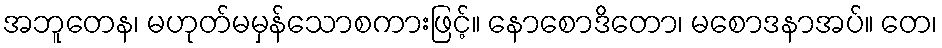
အဘူတေန၊ မဟုတ်မမှန်သောစကားဖြင့်။ နောစောဒိတော၊ မစောဒနာအပ်။ တေ၊